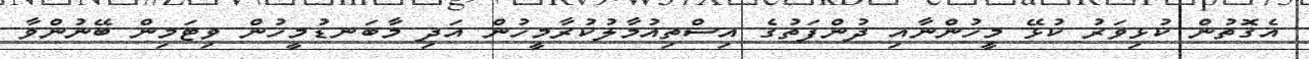
އެގޮތުން ކުޅިވަރު ކުޅޭ މީހުންނާއި ދުންފަތުގެ އިސްތިއުމާލުކުރާމީހުން އަދި މާބަނޑުމީހުން ވިޓަމިން ބޭނުންވާ